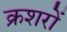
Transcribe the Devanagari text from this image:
क्रशरों